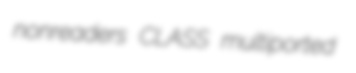
nonreaders CLASS multiported